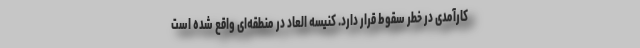
کارآمدی در خطر سقوط قرار دارد. کنیسه العاد در منطقه‌ای واقع شده است